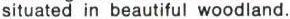
situated in beautiful woodland.